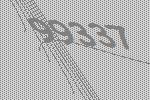
99337